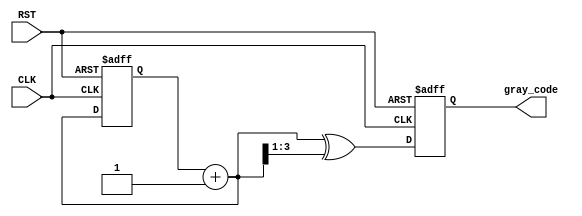
module gray_code_async_counter #(
    parameter N = 4 // Number of bits for the counter
)(
    input wire CLK,     // Clock signal
    input wire RST,     // Asynchronous reset signal
    output reg [N-1:0] gray_code // Output Gray code
);

    reg [N-1:0] binary_count; // Internal binary counter

    // Binary to Gray code conversion
    function [N-1:0] binary_to_gray;
        input [N-1:0] binary;
        begin
            binary_to_gray = binary ^ (binary >> 1);
        end
    endfunction

    // Asynchronous reset and counter logic
    always @(posedge CLK or posedge RST) begin
        if (RST) begin
            binary_count <= 0; // Reset binary count to 0
            gray_code <= binary_to_gray(0); // Reset Gray code to 0
        end else begin
            binary_count <= binary_count + 1; // Increment binary count
            gray_code <= binary_to_gray(binary_count + 1); // Convert to Gray code
        end
    end

endmodule